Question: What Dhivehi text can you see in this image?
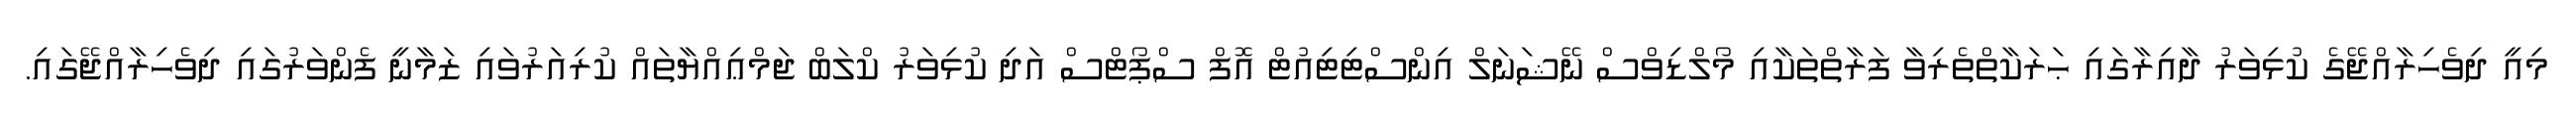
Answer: މިއީ ދިވެހިރާއްޖޭގެ ކުޅިވަރު ދާއިރާގައި ޙަރަކާތްތެރިވާ ފަރާތްތަކާއި މޯލްޑިވްސް ނޭޝަނަލް އިންސްޓިޓިއުޓް އޮފް ސްޕޯޓްސް އަދި ކުޅިވަރު ކްލަބް ޖަމްޢިއްޔާތައް ކުރިއަރުވައި ޒަމާނީ ފެންވަރުގައި ދިވެހިރާއްޖޭގައި.